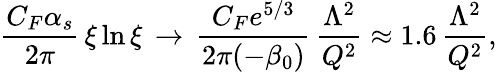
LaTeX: \frac{C_{F}\alpha_{s}}{2\pi}\, \xi\ln\xi\, \to\, \frac{C_{F}e^{5/3}}{2\pi(-\beta_{0})}\, \frac{\Lambda^{2}}{Q^{2}}\approx 1.6\, \frac{\Lambda^{2}}{Q^{2}},